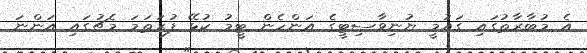
އެ މުބާރާތުގައި ގައުމީ ޔުނިވާސިޓީގެ އަންހެން ޓީމު ކުޅޭ ފުރަތަމަ މެޗުގައި އަންނަ